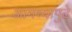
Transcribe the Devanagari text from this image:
आमच्यापुढे